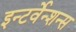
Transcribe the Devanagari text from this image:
इन्टर्वेन्शन्स